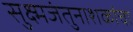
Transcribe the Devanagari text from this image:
सुक्ष्मजंतुनाशकांचा